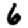
Digit: 6